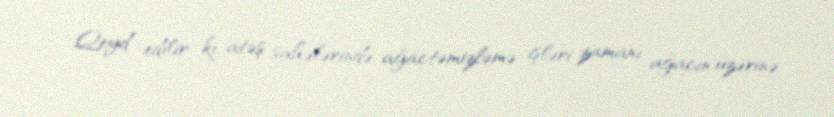
Qeyd edilir ki, atəş sahələrində ağactəmizləmə işləri zamanı ağacın üzərinə